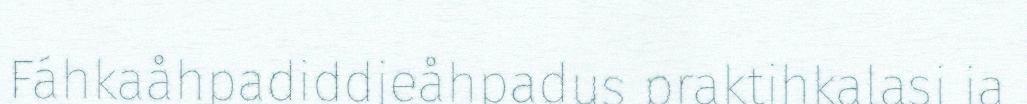
Fáhkaåhpadiddjeåhpadus praktihkalasj ja